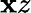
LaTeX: \mathbf{x}z